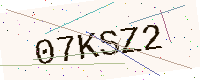
Text: 07KSZ2